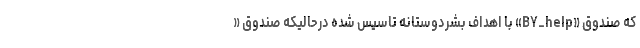
که صندوق «BY_help» با اهداف بشردوستانه تاسیس شده درحالیکه صندوق «